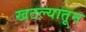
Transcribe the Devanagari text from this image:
खटल्यातून